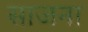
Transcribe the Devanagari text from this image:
साजना